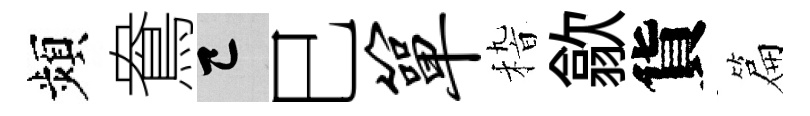
頻鴦巳巳箪𥟵歙貨篇